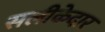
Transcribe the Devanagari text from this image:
सलीकेदार